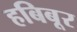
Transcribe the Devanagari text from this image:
हबिबूर